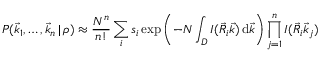
P ( \vec { k } _ { 1 } , \dots , \vec { k } _ { n } \, | \, \rho ) \approx \frac { N ^ { n } } { n ! } \sum _ { i } s _ { i } \exp \left( - N \int _ { D } I ( \vec { R } _ { i } \vec { k } ) \, \mathrm d \vec { k } \right) \prod _ { j = 1 } ^ { n } I ( \vec { R } _ { i } \vec { k } _ { j } )